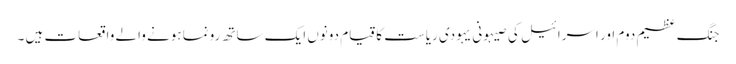
جنگ عظیم دوم اور اسرائیل کی صیہونی یہودی ریاست کا قیام دونوں ایک ساتھ رونما ہونے والے واقعات ہیں ۔